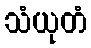
သံယုတံ